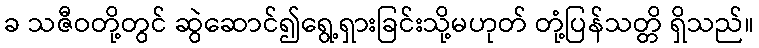
ခ သဇီဝတို့တွင် ဆွဲဆောင်၍ရွေ့ရှားခြင်းသို့မဟုတ် တုံ့ပြန်သတ္တိ ရှိသည်။